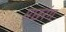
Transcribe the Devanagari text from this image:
मछरंग